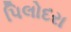
પિલોદરા